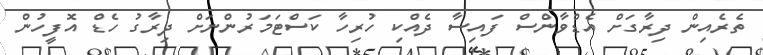
ތެރެއިން ދިރާގަށް އެޑްވާންސް ފައިސާ ދެއްކި ހުރިހާ ކަސްޓަމަރުންނަށް ދިރާގު ހެޑް އޮފީހުން